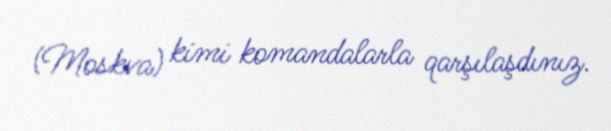
(Moskva) kimi komandalarla qarşılaşdınız.